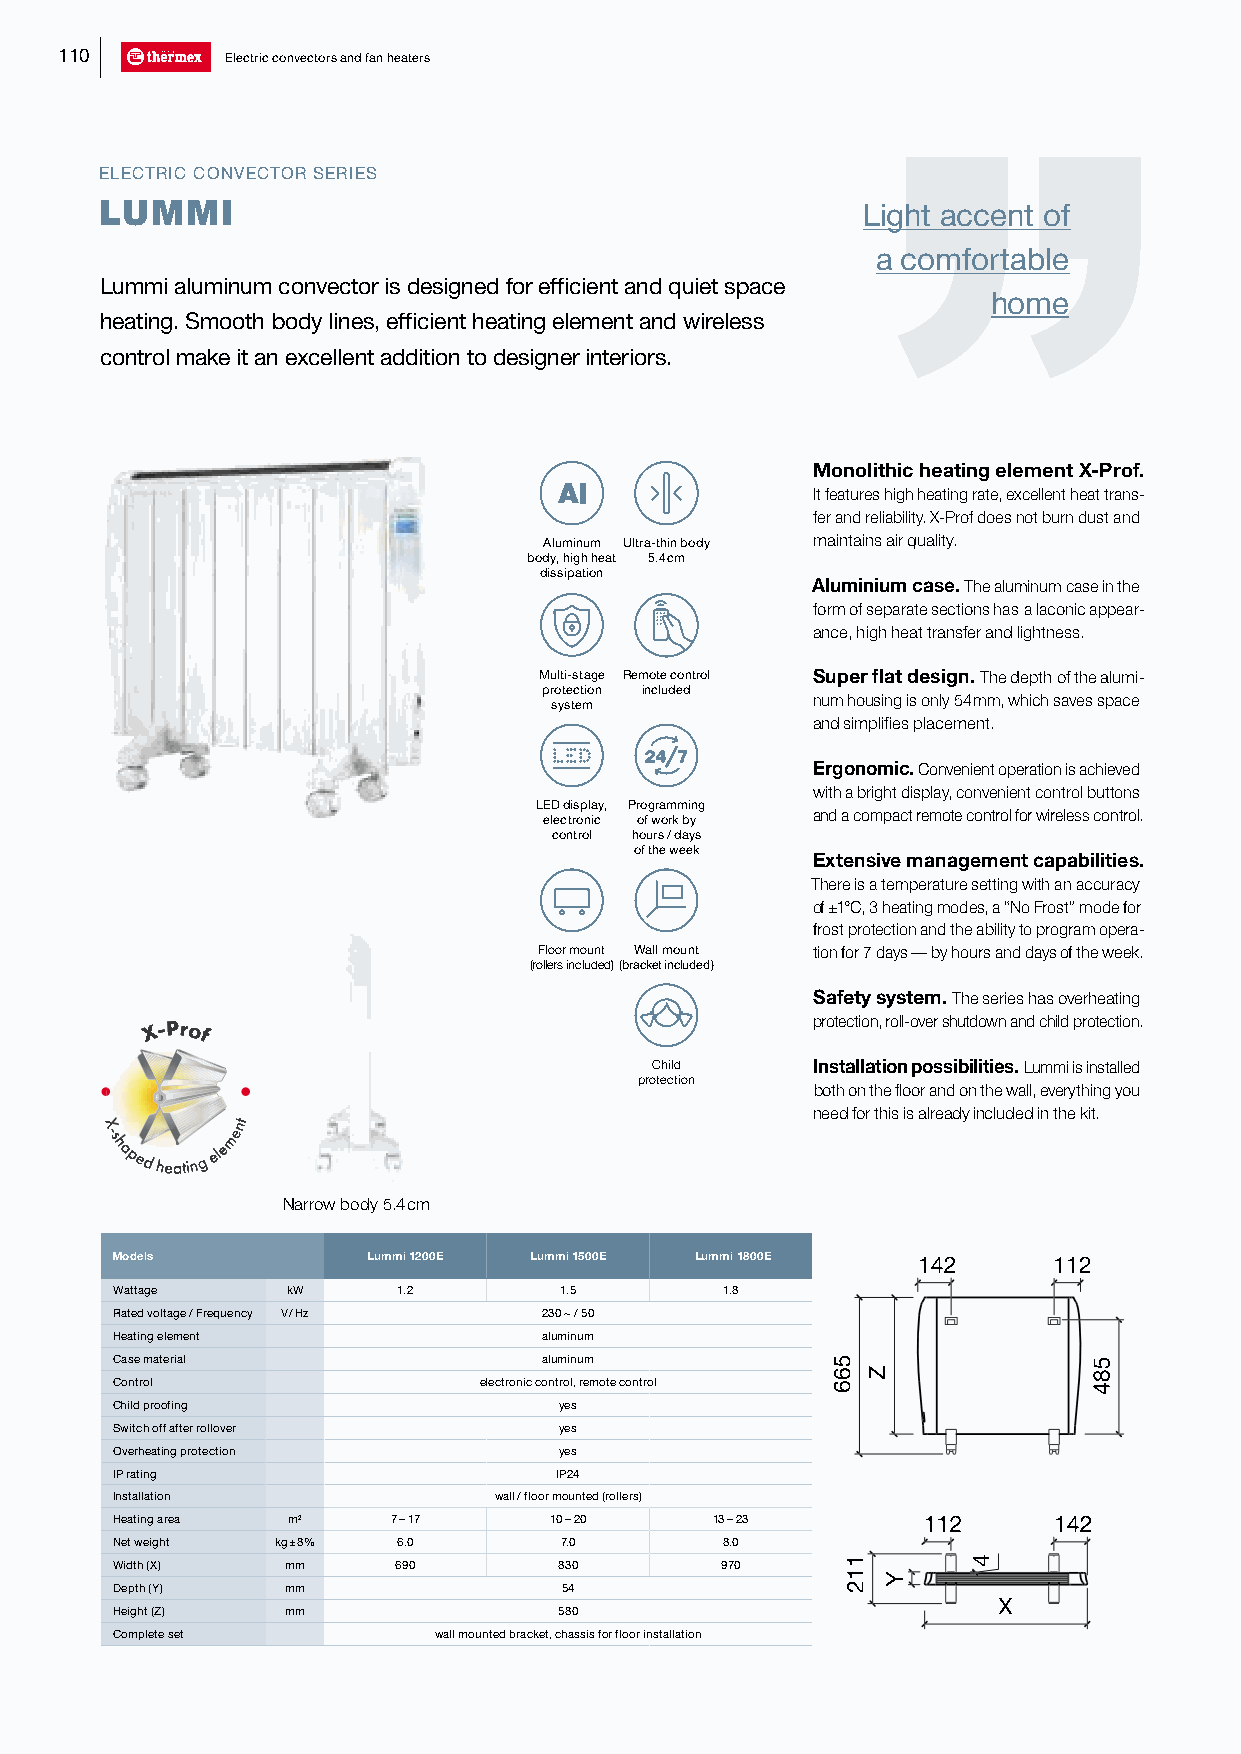
110        Electric convectors and fan heaters
 ELECTRIC CONVECTOR SERIES
 LUMMI                                             Light accent of
 a comfortable
 Lummi aluminum convector is designed for efficient and quiet space
 home
 heating. Smooth body lines, efficient heating element and wireless
 control make it an excellent addition to designer interiors.
 Monolithic heating element X-Prof.
 It features high heating rate, excellent heat trans-
 fer and reliability. X-Prof does not burn dust and
 Aluminum Ultra-thin body maintains air quality.
 body, high heat 5.4 cm
 dissipation
 Aluminium case. The aluminum case in the
 form of separate sections has a laconic appear-
 ance, high heat transfer and lightness.
 Multi-stage Remote control Super flat design. The depth of the alumi-
 protection included
 system            num housing is only 54 mm, which saves space
 and simplifies placement.
 Ergonomic. Convenient operation is achieved
 with a bright display, convenient control buttons
 LED display, Programming
 and a compact remote control for wireless control.
 electronic of work by
 control hours / days
 of the week
 Extensive management capabilities.
 There is a temperature setting with an accuracy
 of ±1°C, 3 heating modes, a “No Frost” mode for
 frost protection and the ability to program opera-
 Floor mount Wall mount tion for 7 days — by hours and days of the week.
 (rollers included)(bracket included)
 Safety system. The series has overheating
 X-Prof                                      protection, roll-over shutdown and child protection.
 Child      Installation possibilities. Lummi is installed
 protection
 both on the floor and on the wall, everything you
 need for this is already included in the kit.
 X
 -shapedheating
 element
 Narrow body 5.4 cm
 Models           Lummi 1200E Lummi 1500E Lummi 1800E  114422   1122
 Wattage     kW     1.2        1.5        1.8
 Rated voltage / Frequency V / Hz 230 ~ / 50
 Heating element              aluminum
 Case material                aluminum
 Control                  electronic control, remote control
 Child proofing                yes
 Switch off after rollover     yes
 Overheating protection        yes
 IP rating                     IP24
 Installation              wall / floor mounted (rollers)
 Heating area m2    7 – 17    10 – 20    13 – 23       1122     114422
 Net weight kg ± 8% 6.0        7.0        8.0
 Width (X)   mm     690        830        970
 Depth (Y)   mm                54
 XX
 Height (Z)  mm                580
 Complete set          wall mounted bracket, chassis for floor installation
 5566
 1112
 Z
 Y
 4
 558844